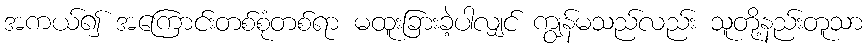
အကယ်၍ အကြောင်းတစ်စုံတစ်ရာ မထူးခြားခဲ့ပါလျှင် ကျွန်မသည်လည်း သူတို့နည်းတူသာ